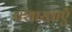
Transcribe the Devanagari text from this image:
प्रशाखाऍं